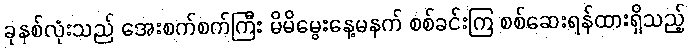
ခုနစ်လုံးသည် အေးစက်စက်ကြီး မိမိမွေးနေ့မနက် စစ်ခင်းကြ စစ်ဆေးရန်ထားရှိသည့်